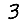
Digit: 3